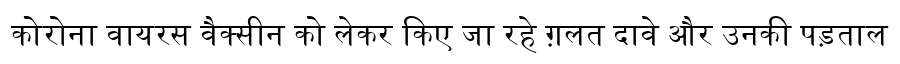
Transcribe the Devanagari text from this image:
कोरोना वायरस वैक्सीन को लेकर किए जा रहे ग़लत दावे और उनकी पड़ताल